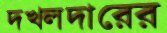
দখলদারের